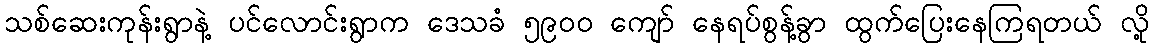
သစ်ဆေးကုန်းရွာနဲ့ ပင်လောင်းရွာက ဒေသခံ ၅၉၀၀ ကျော် နေရပ်စွန့်ခွာ ထွက်ပြေးနေကြရတယ် လို့